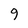
Character: 9